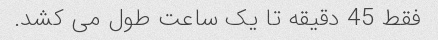
فقط 45 دقیقه تا یک ساعت طول می کشد.